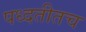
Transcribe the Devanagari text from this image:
पध्दतीतच